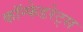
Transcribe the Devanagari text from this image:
कॉन्फेडरेट्स